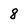
Character: 8